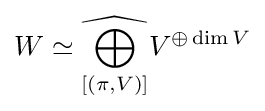
W\simeq {\widehat {\bigoplus _{[(\pi ,V)]}}}V^{\oplus \dim V}